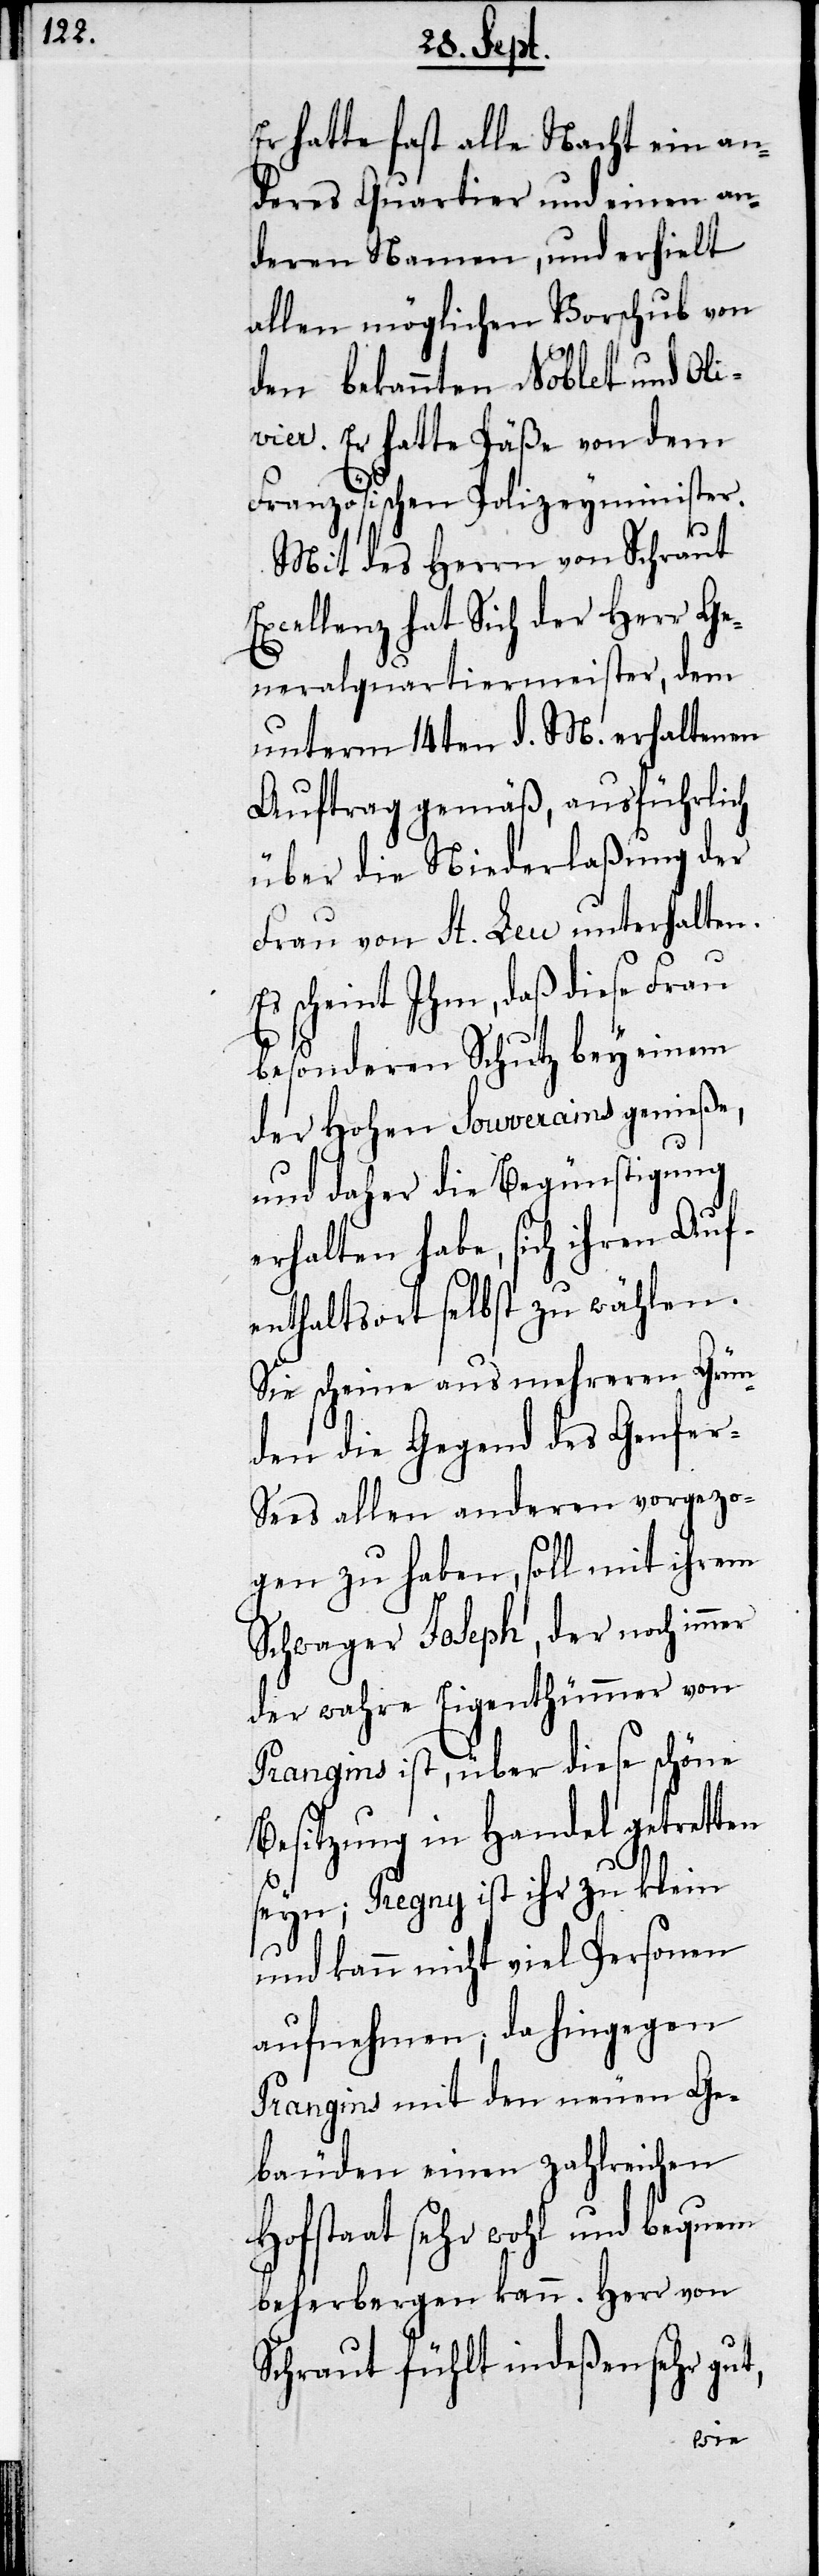
Er hatte fast alle Nacht ein an¬
deres Quartier und einen an¬
deren Namen, und erhielt
allen möglichen Vorschub von
den bekannten Noblet und Oli¬
vier. Er hatte Päße von dem
Französischen Polizeyminister.
Mit des Herrn von Schraut
Excellenz hat Sich der Herr Ge¬
neralquartiermeister, dem
unterm 14ten d. M. erhaltenen
Auftrag gemäß, ausführlich
über die Niederlaßung der
Frau von St. Leu unterhalten.
Es scheint ihm, daß diese Frau
besonderen Schutz bey einem
der Hohen Souverains genieße,
und daher die Begünstigung
erhalten habe, sich ihren Auf¬
enthaltsort selbst zu wählen.
Sie scheine aus mehreren Grün¬
den die Gegend des Genfe¬
r-Sees allen anderen vorgezo¬
gen zu haben, soll mit ihrem
Schwager Joseph, der noch immer
der wahre Eigenthümmer von
Prangins ist, über diese schöne
Besitzung in Handel getretten
seyn; Pregny ist ihr zu klein
und kann nicht viel Personen
aufnehmen, da hingegen
Prangins mit den neuen Ge¬
bäuden einen zahlreichen
Hofstaat sehr wohl und bequem
beherbergen kann. Herr von
Schraut fühlt indeßen sehr gut,